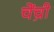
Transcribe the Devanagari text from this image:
चेंच्री